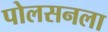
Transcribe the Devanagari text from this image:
पोलसनला